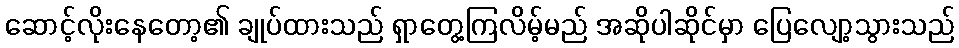
ဆောင့်လိုးနေတော့၏ ချုပ်ထားသည် ရှာတွေ့ကြလိမ့်မည် အဆိုပါဆိုင်မှာ ပြေလျော့သွားသည်